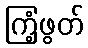
ကြံ့ဖွတ်